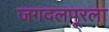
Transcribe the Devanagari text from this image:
जगदलपूरला